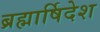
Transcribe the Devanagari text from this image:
ब्रह्मार्षिदेश